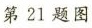
第21题图